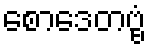
စောဒေတဗ္ဗံ